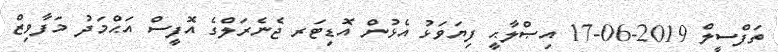
ތަފްސީލް 2019-06-17 އިޞްލާޙީ ފިޔަވަޅު އެޅުން އޮޑިޓަރ ޖެނެރަލްގެ އޮފީސް އަޙްމަދު މަފާވިޒް